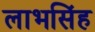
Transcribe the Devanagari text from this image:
लाभसिंह